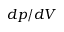
d p / d V